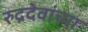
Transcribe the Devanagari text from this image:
रुद्रदेवांच्या